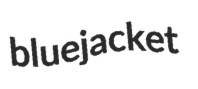
bluejacket